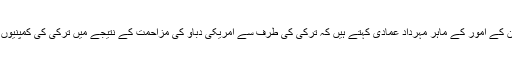
لیکن ترکی اور ایران کے امور کے ماہر مہرداد عمادی کہتے ہیں کہ ترکی کی طرف سے امریکی دباؤ کی مزاحمت کے نتیجے میں ترکی کی کمپنیوں کو فائدہ ہو رہا ہے۔